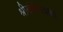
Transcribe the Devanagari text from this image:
श्रीखंडेरायाचा